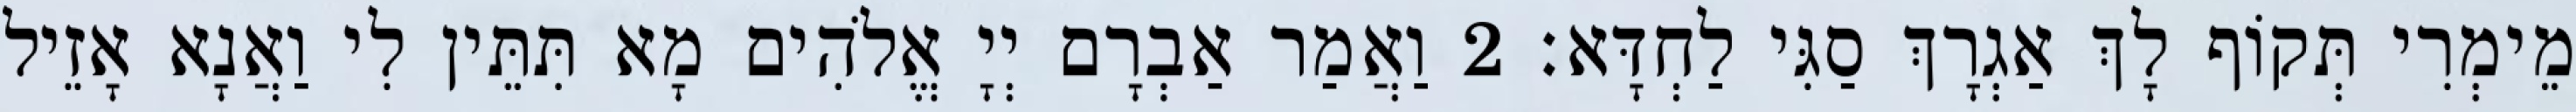
מֵימְרִי תְּקוֹף לָךְ אַגְרָךְ סַגִּי לַחְדָּא׃ 2 וַאֲמַר אַבְרָם יְיָ אֱלֹהִים מָא תִּתֵּין לִי וַאֲנָא אָזֵיל